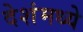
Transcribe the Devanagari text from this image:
देशंमध्ये